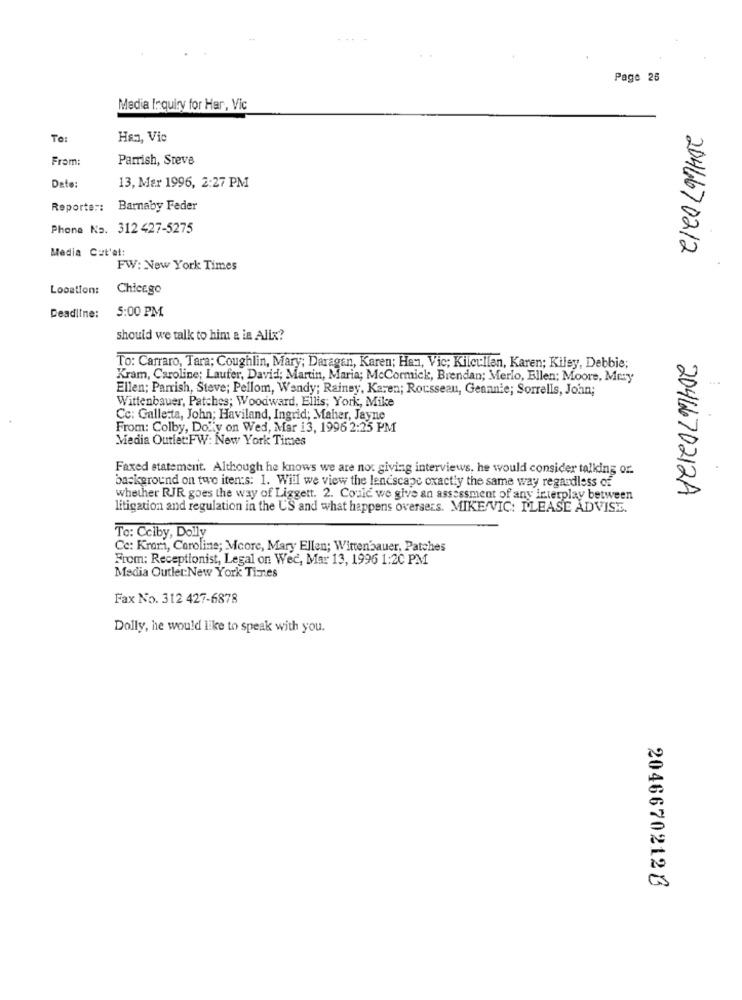
Page 25
Media Inquiry for Har, Vic
To:
Han, Vic
From:
Parrish, Steve
Date:
13, Mar 1996, 2:27 PM
Reporte :: Barnaby Feder
Phone No. 312 427-5275
Media Cut'at:
2046670212
FW: New York Times
Location:
Chicago
5:00 PM
Deadline:
should we talk to him a in Alix?
To: Carraro, Tara; Coughlin, Mary; Daragan, Karen; Han, Vic; Kilcullen, Karen; Kilsy, Debbie;
Kram, Caroline; Laufer, David; Martin, Maria; McCormick, Brendan; Merlo, Ellen; Moore, Mery
Ellen; Parrish, Steve; Pellom, Wendy; Rainey, Karen; Rousseau, Geannie; Sorrells, John;
Wittenbauer, Patches; Woodward, Ellis; York, Mike
Cc: Galletta, John; Haviland, Ingrid; Maher, Jayne
From: Colby, Doily on Wed, Mar 13, 1996 2:25 PM
Media Outlet:FW: New York Times
Faxed statement. Although he knows we are not giving interviews, he would consider talking or.
background on two iten:s: 1. Will we view the lenescape exactly the same way regardless of
2046670212A
whether RJR goes the way of Liggett. 2. Could we give an assessment of any interplay between
litigation and regulation in the U'S and what happens oversers. MIKE VIC: PLEASE ADVISE.
To: Cciby, Dolly
Cc: Krom, Caroline; Mcore, Mary Ellen; Wittenbauer, Patches
From: Receptionist, Legal on Wed, Mar 13, 1996 1:20 PM
Media Outlet:New York Times
Fax No. 312 427-6878
Dolly, he would like to speak with you.
20466702126